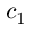
c _ { 1 }